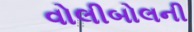
વોલીબોલની